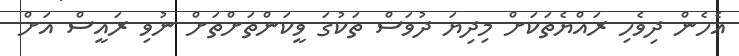
ޢެހެން ދިވެހި ރައްޔެތަކަށް މިދިޔަ ދުވަސް ތަކުގަ ވީކަންތަށްތަށް ނުވި ރައީސް އަށް